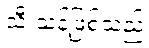
သီးသန့်ဖြစ်သည်